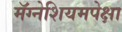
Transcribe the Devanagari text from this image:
मॅग्नेशियमपेक्षा